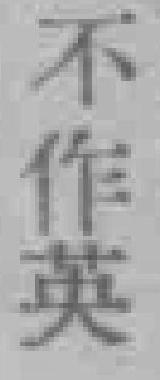
不作英